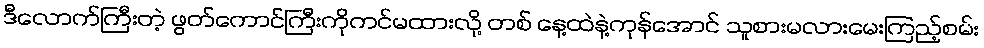
ဒီလောက်ကြီးတဲ့ ဖွတ်ကောင်ကြီးကိုကင်မထားလို့ တစ် နေ့ထဲနဲ့ကုန်အောင် သူစားမလားမေးကြည့်စမ်း